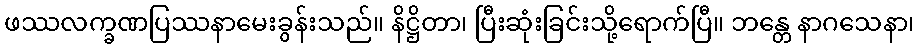
ဖဿလက္ခဏပြဿနာမေးခွန်းသည်။ နိဋ္ဌိတာ၊ ပြီးဆုံးခြင်းသို့ရောက်ပြီ။ ဘန္တေ နာဂသေနာ၊